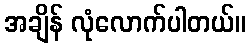
အချိန် လုံလောက်ပါတယ်။